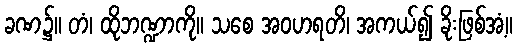
ခဏ၌။ တံ၊ ထိုဘဏ္ဍာကို။ သစေ အဝဟရတိ၊ အကယ်၍ ခိုးဖြစ်အံ့။